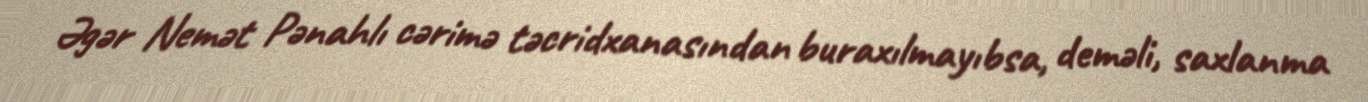
Əgər Nemət Pənahlı cərimə təcridxanasından buraxılmayıbsa, deməli, saxlanma